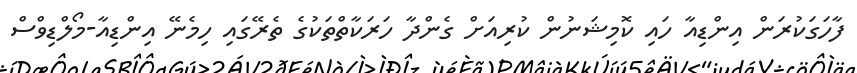
ފާހަގަކުރަން އިންޑިއާ ހައި ކޮމިޝަނުން ކުރިއަށް ގެންދާ ހަރަކާތްތަކުގެ ތެރޭގައި ހިމެނޭ އިންޑިއާ-މޯލްޑިވްސް